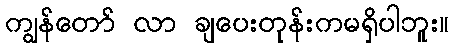
ကျွန်တော် လာ ချပေးတုန်းကမရှိပါဘူး။